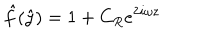
\hat { f } ( \hat { y } ) = 1 + C _ { R } e ^ { 2 i \omega z }